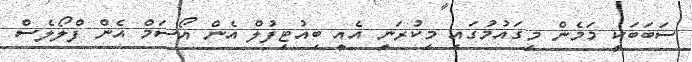
ސަބަބަކީ މަމެން މިގައުމުގައި މިކުރަނީ އެއީ ބިއުޓިފުލް އެން އޯސަމް އެން ފްލޯލެސް